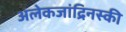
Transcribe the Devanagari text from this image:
अलेकजांद्रिनस्की